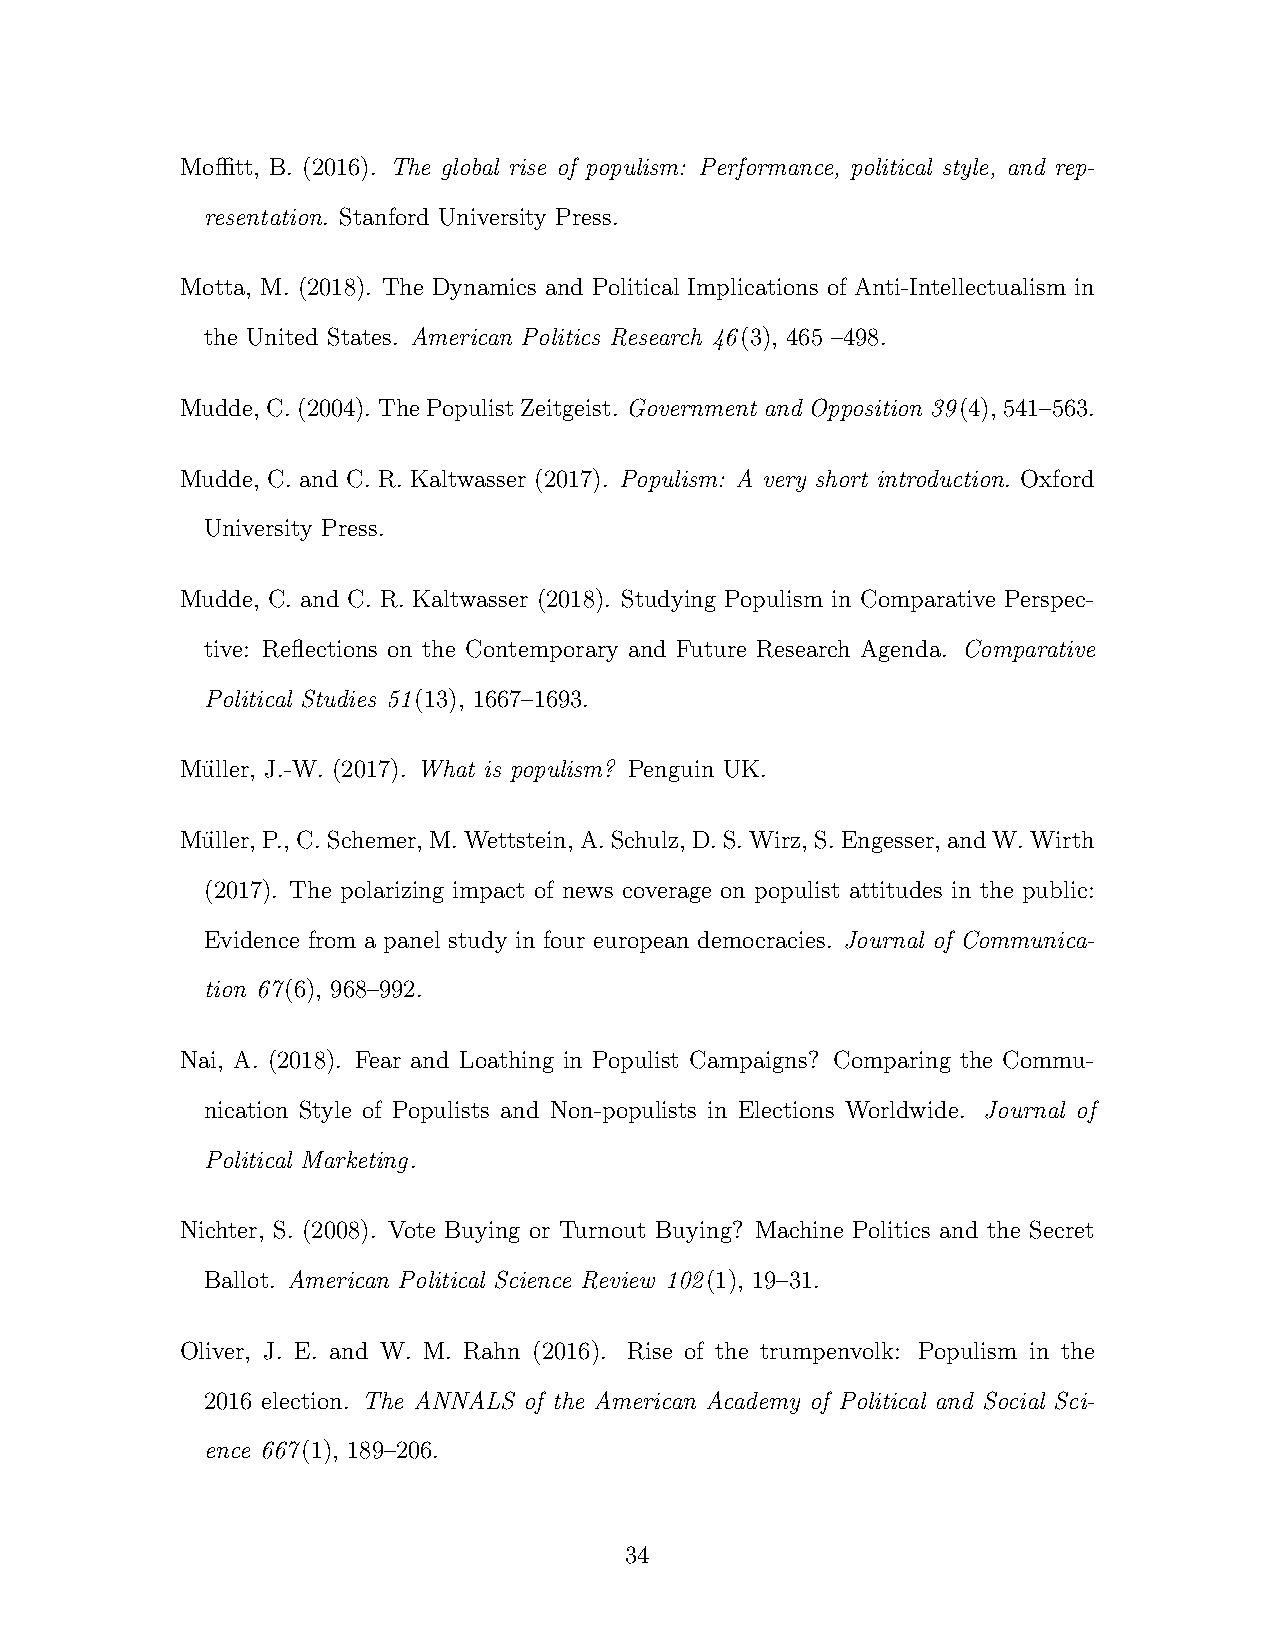
Moffitt, B. (2016). The global rise of populism: Performance, political style, and rep-
 resentation. Stanford University Press.
 Motta, M. (2018). The Dynamics and Political Implications of Anti-Intellectualism in
 the United States. American Politics Research 46(3), 465 –498.
 Mudde, C.(2004). ThePopulistZeitgeist. Government and Opposition 39(4), 541–563.
 Mudde, C. and C. R. Kaltwasser (2017). Populism: A very short introduction. Oxford
 University Press.
 Mudde, C. and C. R. Kaltwasser (2018). Studying Populism in Comparative Perspec-
 tive: Reflections on the Contemporary and Future Research Agenda. Comparative
 Political Studies 51(13), 1667–1693.
 Mu¨ller, J.-W. (2017). What is populism? Penguin UK.
 Mu¨ller, P., C.Schemer, M.Wettstein, A.Schulz, D.S.Wirz, S.Engesser, andW.Wirth
 (2017). The polarizing impact of news coverage on populist attitudes in the public:
 Evidence from a panel study in four european democracies. Journal of Communica-
 tion 67(6), 968–992.
 Nai, A. (2018). Fear and Loathing in Populist Campaigns? Comparing the Commu-
 nication Style of Populists and Non-populists in Elections Worldwide. Journal of
 Political Marketing.
 Nichter, S. (2008). Vote Buying or Turnout Buying? Machine Politics and the Secret
 Ballot. American Political Science Review 102(1), 19–31.
 Oliver, J. E. and W. M. Rahn (2016). Rise of the trumpenvolk: Populism in the
 2016 election. The ANNALS of the American Academy of Political and Social Sci-
 ence 667(1), 189–206.
 34